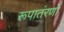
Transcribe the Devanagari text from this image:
रूपातंरणों